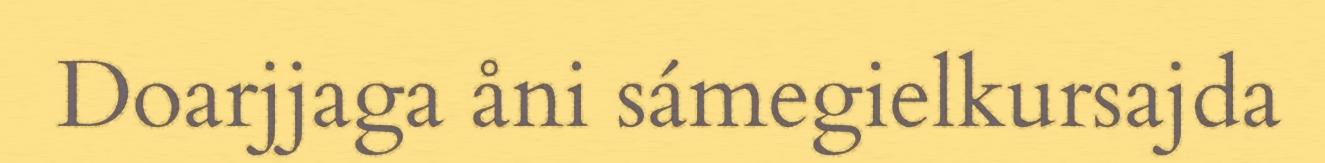
Doarjjaga åni sámegielkursajda